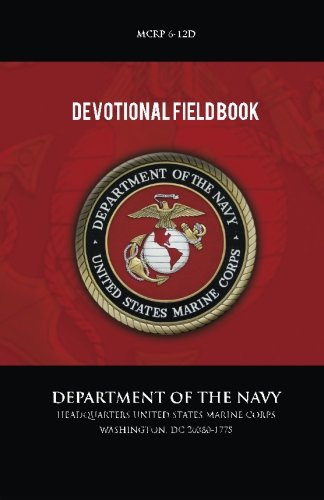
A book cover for Devotional Field Book; U.S. Marine Corps; Test Preparation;